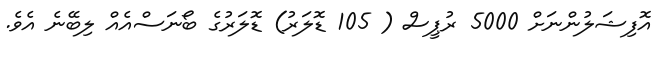
އޮފިޝަލުންނަށް 5000 ރުޕީސް ( 105 ޑޮލަރު) ޑޮލަރުގެ ބޯނަސްއެއް ލިބޭނެ އެވެ.